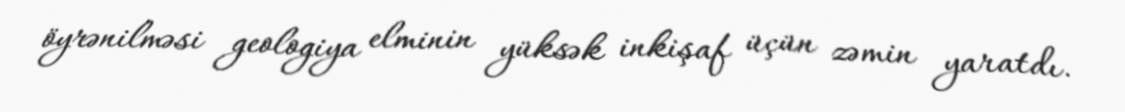
öyrənilməsi geologiya elminin yüksək inkişaf üçün zəmin yaratdı.